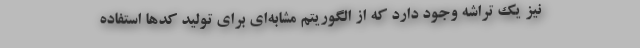
نیز یک تراشه وجود دارد که از الگوریتم مشابه‌ای برای تولید کدها استفاده